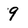
Character: 9